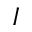
I